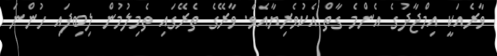
ވާރެއަކީ އިމްޖާދުގެ އެންމެ ގާތް އެކުވެރިޔާއެވެ. ވާރޭގެ ތެރޭގައި ތެމިލުމުން ލިބިފައި ހުންނަ